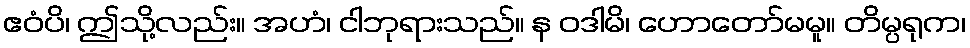
ဧဝံပိ၊ ဤသို့လည်း။ အဟံ၊ ငါဘုရားသည်။ န ဝဒါမိ၊ ဟောတော်မမူ။ တိမ္ပရုက၊